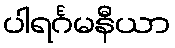
ပါရင်္ဂမနီယာ